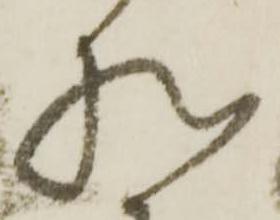
様